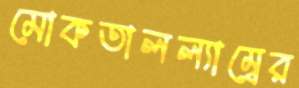
মোকতালল্যাম্বের